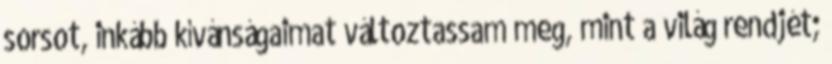
sorsot, inkább kívánságaimat változtassam meg, mint a világ rendjét;